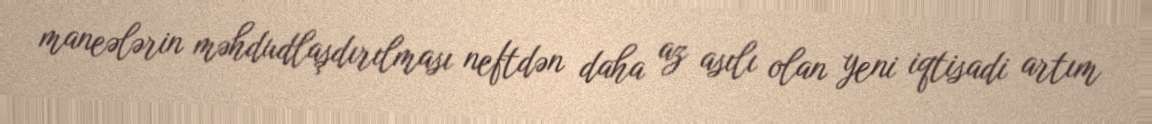
maneələrin məhdudlaşdırılması neftdən daha az asılı olan yeni iqtisadi artım